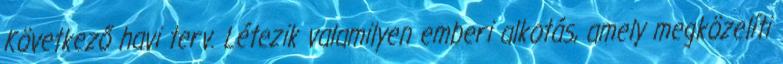
Következő havi terv. Létezik valamilyen emberi alkotás, amely megközelíti